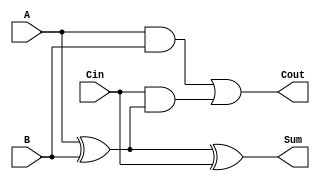
module low_power_full_adder (
    input wire A,     // First input bit
    input wire B,     // Second input bit
    input wire Cin,   // Carry input bit
    output wire Sum,  // Output sum bit
    output wire Cout  // Carry output bit
);

// Intermediate signals
wire A_xor_B;       // Intermediate signal for A XOR B

// Low Power Full Adder Logic
assign A_xor_B = A ^ B;             // A XOR B
assign Sum = A_xor_B ^ Cin;         // Sum = A XOR B XOR Cin
assign Cout = (A & B) | (Cin & A_xor_B); // Cout = (A AND B) OR (Cin AND (A XOR B))

endmodule